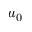
u _ { 0 }